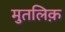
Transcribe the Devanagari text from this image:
मुतलिक़